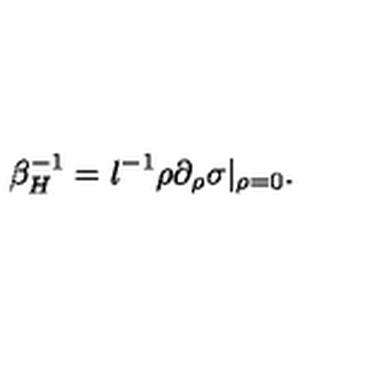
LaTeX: \beta _ { H } ^ { - 1 } = l ^ { - 1 } \rho \partial _ { \rho } \sigma | _ { \rho = 0 } .